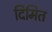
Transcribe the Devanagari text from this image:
दिमित